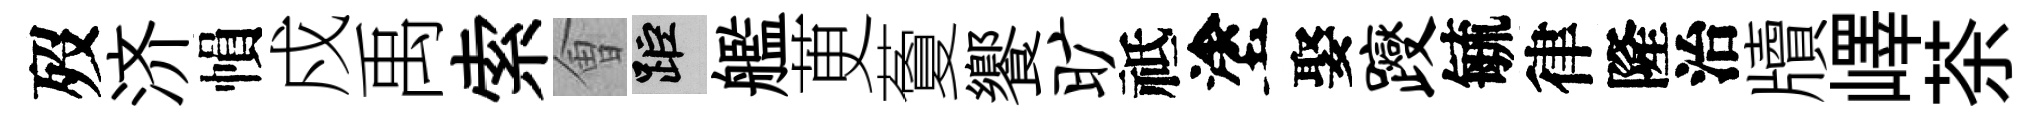
歿济𢄙戍禹索㑹距艦茰藑饗旷祗塗娶躞毓律隆治牘嶧茶